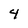
Character: 4